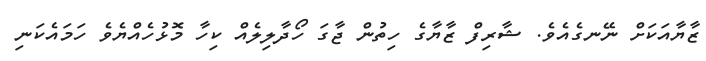
ޒާޔާއަކަށް ނޭނގެއެވެ. ޝާރިފް ޒާޔާގެ ހިތުން ޖާގަ ހޯދާލިލެއް ކިހާ މޮޅުހެއްޔެވެ ހަމައެކަނި